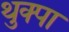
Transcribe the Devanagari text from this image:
थुक्पा